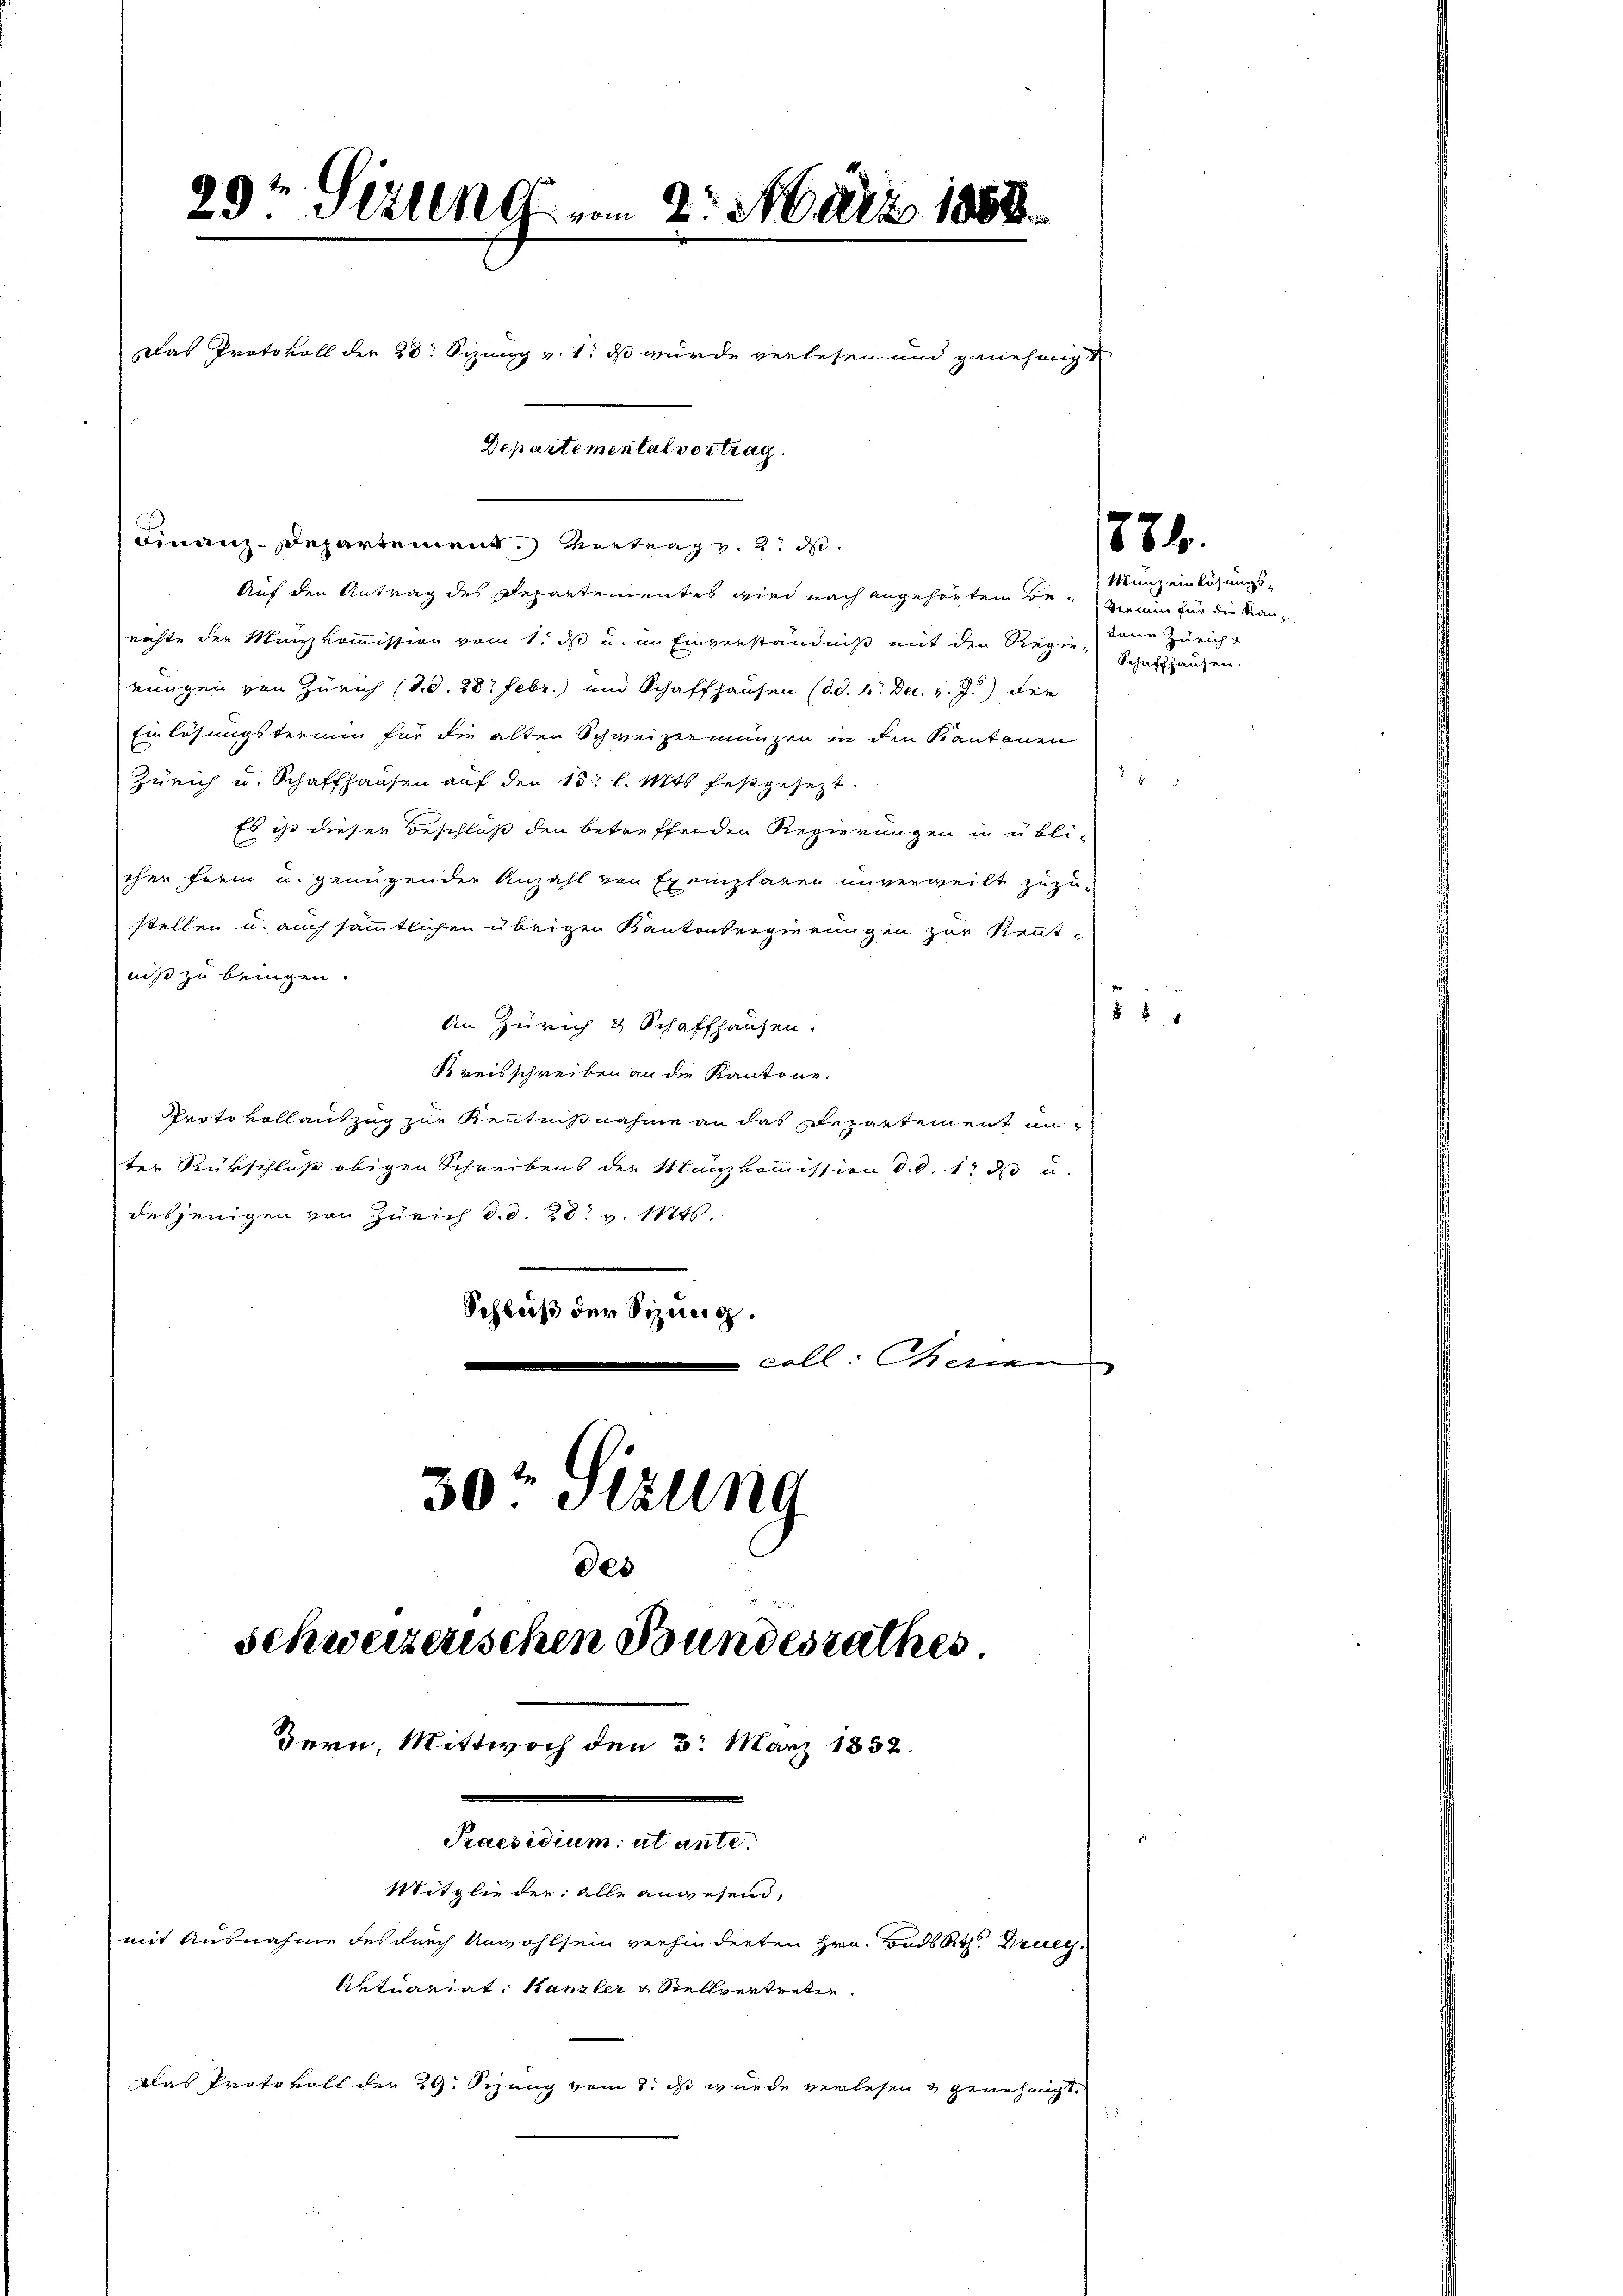
29t Sizung vom 2. März 1888.
Das Protokoll der 20. Sizung v. 1. ds wurde verlesen und genehmigt
Departemental vortrag

Finanz-Departement. Vortrag v. 2. d.

Auf den Antrag des Departementes wird nach angehörten Be- ermin für die Kanrichte der Mankommission vom 1. ds u. im Einverständniß mit den Regie dene Züricht
eingen von Zürich (d. d. 28. Febr.) und Schaffhausen (d. d. 4. Dec. v. J.) der
Einlösungstermin für die alten Schweizenmunzen in den Kantonen
Zürich u. Schaffhausen auf den 13. l. Mts. festgesezt.
Es ist dieser Beschluß den betreffenden Regierungen in übli-
cher ferm u. genügender Anzahl von Exemplaren unverweilt zuzu-
stellen u. auch sämmtlichen übrigen Kantonsregierungen zur Kenntniß zu bringen.
An Zürich & Schaffhausen.
Kreisschreiben an die Kantone.
Protokollauszug zur Kenntnißnahme an das Departement un-
ter Rückschluß obigen Schreibens der Manzkommission d. d. 1 d u
desjenigen von Zürich d. d. 28. v. 114.
Schluß der Sizung.
coll: Therinn
30t Sizung
des
schweizerischen Bundesrathes

dern, Mittwoch den 3. März 1832.
Praesidium, ut ante.
Mitglieder: alle anwesend,
mit Ausnahme des durch Unwohlsein verhinderten Hrn. Bads Rth. Druey¬
Artuariat Kanzler & Stellvertreten.
Das Protokoll der 29. Sezung vom 8. ds wurde verlesen & genehmigt.

1884.

Munzeinlösungs¬
Schaffhausen.

88